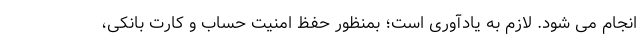
انجام می شود. لازم به یادآوری است؛ بمنظور حفظ امنیت حساب و کارت بانکی،